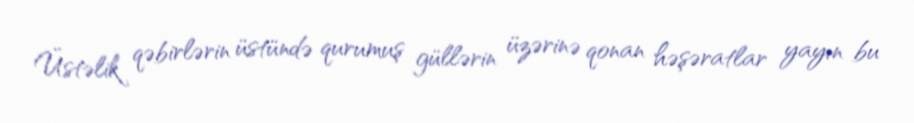
Üstəlik qəbirlərin üstündə qurumuş güllərin üzərinə qonan həşəratlar yayın bu